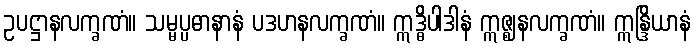
ဥပဋ္ဌာနလက္ခဏံ။ သမ္မပ္ပဓာနာနံ ပဒဟနလက္ခဏံ။ ဣဒ္ဓိပါဒါနံ ဣဇ္ဈနလက္ခဏံ။ ဣန္ဒြိယာနံ